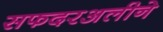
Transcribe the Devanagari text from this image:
सफदरअलीने